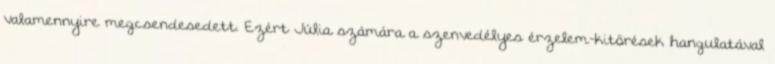
valamennyire megcsendesedett. Ezért Júlia számára a szenvedélyes érzelem-kitörések hangulatával